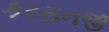
કરસનજી